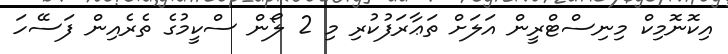
އިކޮނޮމިކް މިނިސްޓްރީން އަލަށް ތަޢާރަފުކުރި މި 2 ލޯން ސްކީމުގެ ތެރެއިން ފަސޭހަ